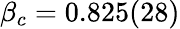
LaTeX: \beta_{c}=0.825(28)